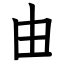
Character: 由